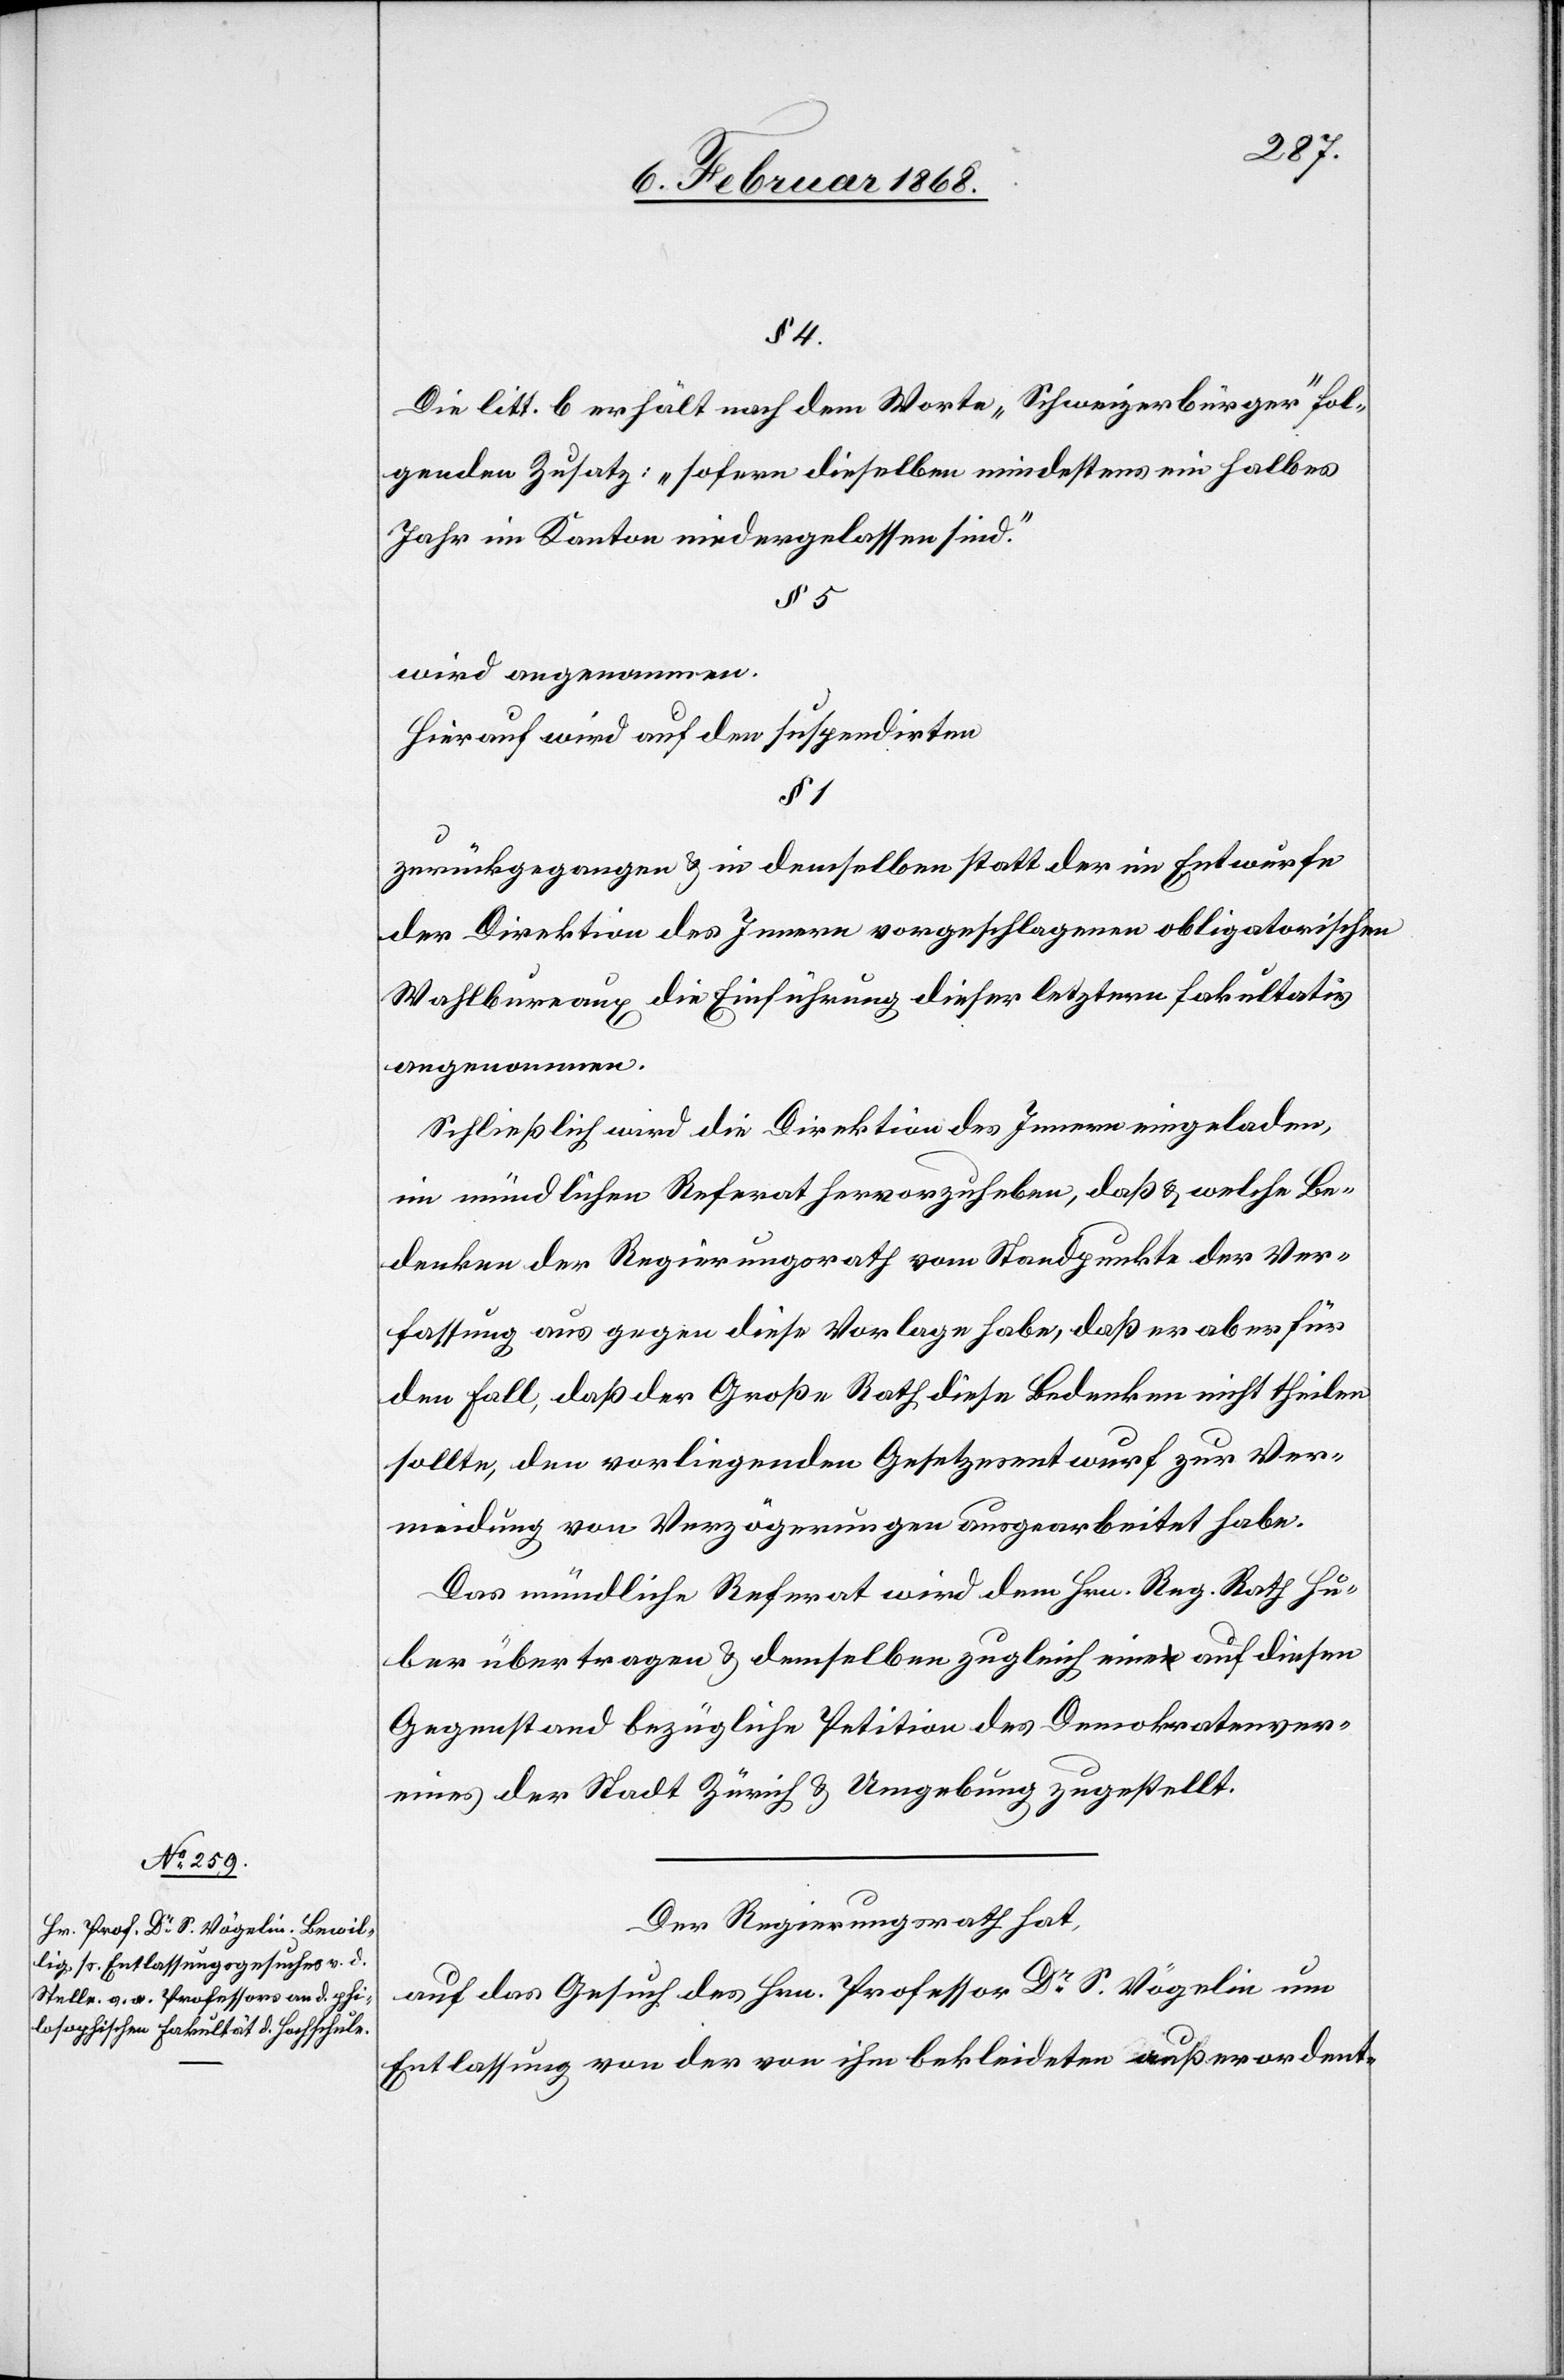
§ 4.
Die litt. b erhält nach dem Worte „Schweizerbürger“ fol¬
genden Zusatz: „sofern dieselben mindestens ein halbes
Jahr im Kanton niedergelassen sind.“
wird angenommen.
Hierauf wird auf den suspendirten
§ 1
zurückgegangen & in demselben statt der im Entwurfe
der Direktion des Innern vorgeschlagenen obligatorischen
Wahlbureaux die Einführung dieser letztern fakultativ
angenommen.
Schließlich wird die Direktion des Innern eingeladen,
im mündlichen Referat hervorzuheben, daß & welche Be¬
denken der Regierungsrath vom Standpunkte der Ver¬
fassung aus gegen diese Vorlage habe, daß er aber für
den Fall, daß der Große Rath diese Bedenken nicht theilen
sollte, den vorliegenden Gesetzesentwurf zur Ver¬
meidung von Verzögerungen ausgearbeitet habe.
Das mündliche Referat wird dem Hrn. Reg. Rath Hu¬
ber übertragen & demselben zugleich eine auf diesen
Gegenstand bezügliche Petition des Demokratenver¬
eines der Stadt Zürich & Umgebung zugestellt.
Der Regierungsrath hat,
auf das Gesuch des Hrn. Professor Dr. S. Vögelin um
Entlassung von der von ihm bekleideten außerordent-